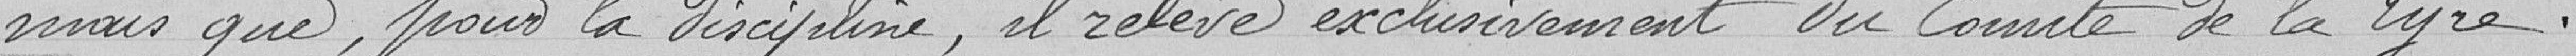
mais que, pour la discipline, il relève exclusivement du Comité de la Lyre.